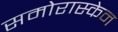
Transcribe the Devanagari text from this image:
समोरास्केन